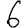
Digit: 6